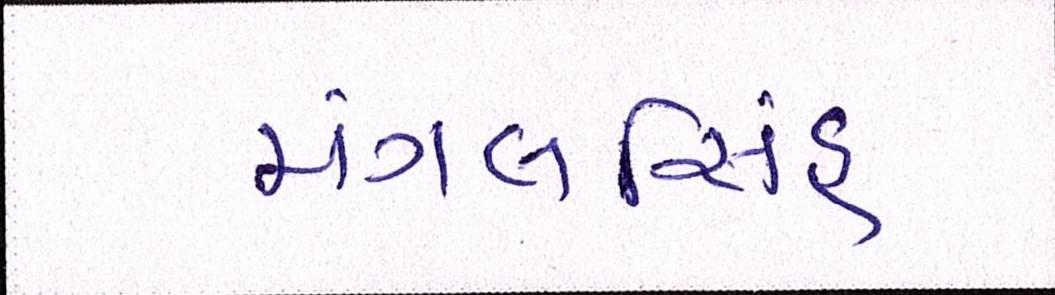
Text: મંગલસિંહ